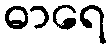
ဓာရေ